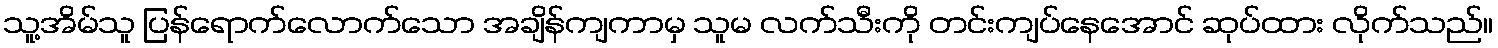
သူ့အိမ်သူ ပြန်ရောက်လောက်သော အချိန်ကျကာမှ သူမ လက်သီးကို တင်းကျပ်နေအောင် ဆုပ်ထား လိုက်သည်။